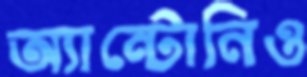
অ্যান্টোনিও